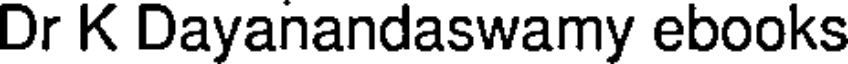
Dr K Dayanandaswamy ebooks